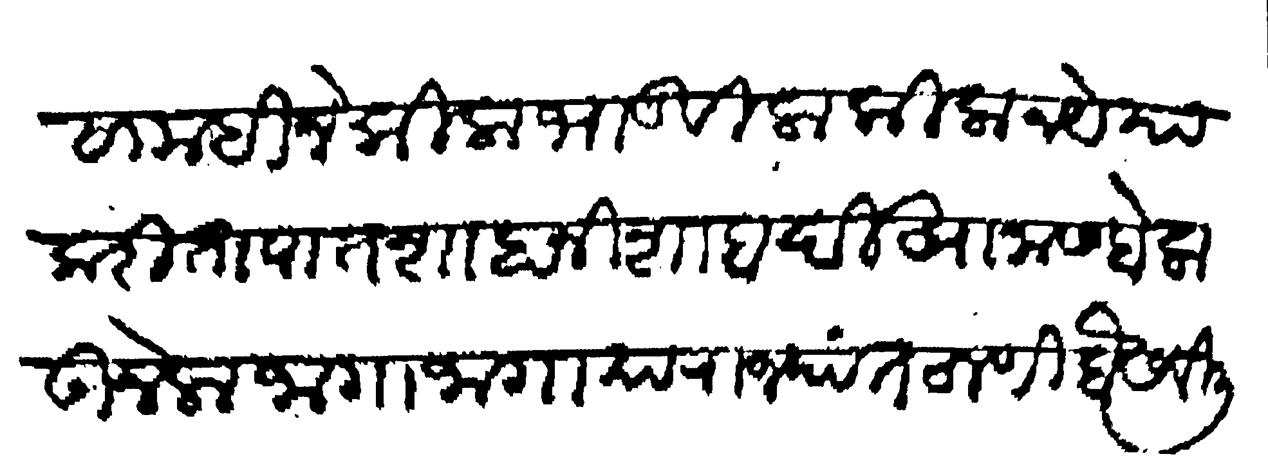
Transliteration (Devanagari): सा महीने किला भांडविला किला न ये याकरिता पातशाहानी शाबादीखानास बोलाऊन नेला जागा जागा या राज्यांत ठाणी बैसविली